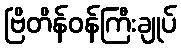
ဗြိတိန်ဝန်ကြီးချုပ်